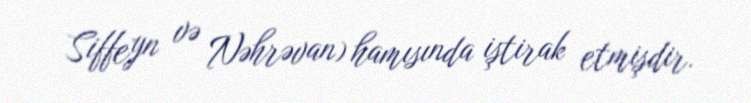
Siffeyn və Nəhrəvan) hamısında iştirak etmişdir.